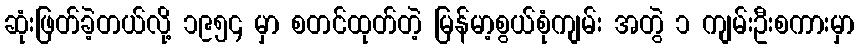
ဆုံးဖြတ်ခဲ့တယ်လို့ ၁၉၅၄ မှာ စတင်ထုတ်တဲ့ မြန်မာ့စွယ်စုံကျမ်း အတွဲ ၁ ကျမ်းဦးစကားမှာ